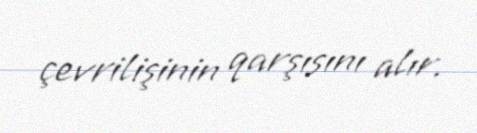
çevrilişinin qarşısını alır.